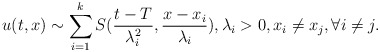
\begin{align*}u(t,x)\sim \sum_{i=1}^{k}S(\frac{t-T}{\lambda^{2}_{i}},\frac{x-x_{i}}{\lambda_{i}}), \lambda_{i}>0, x_{i}\neq x_{j}, \forall i\neq j.\end{align*}